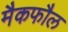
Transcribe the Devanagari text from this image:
मैकफौल